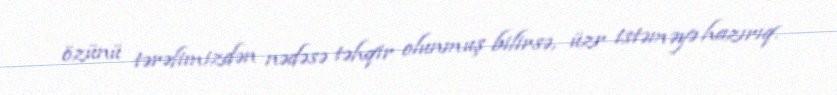
özünü tərəfimizdən nədəsə təhqir olunmuş bilirsə, üzr istəməyə hazırıq.